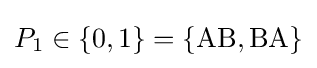
P_{1}\in \{0,1\}=\{{\mbox{AB}},{\mbox{BA}}\}